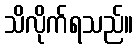
သိလိုက်ရသည်။